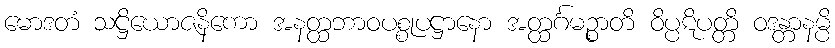
မောဒတံ သဋ္ဌိယောဇနိကော အနတ္ထဘာဝပစ္စုပဋ္ဌာနော အတ္ထင်္ဂမဉ္စာတိ ဝိပ္ပဋိပတ္တိ ဝဒန္တာနမ္ပိ